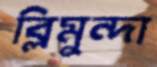
ব্লিমুন্দা